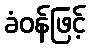
ခံဝန်ဖြင့်